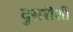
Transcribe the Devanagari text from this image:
दुसरीशी